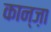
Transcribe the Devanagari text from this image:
कान्ज़ा